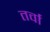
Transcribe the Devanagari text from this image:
तर्वा